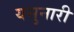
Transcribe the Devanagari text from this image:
यसुनारी